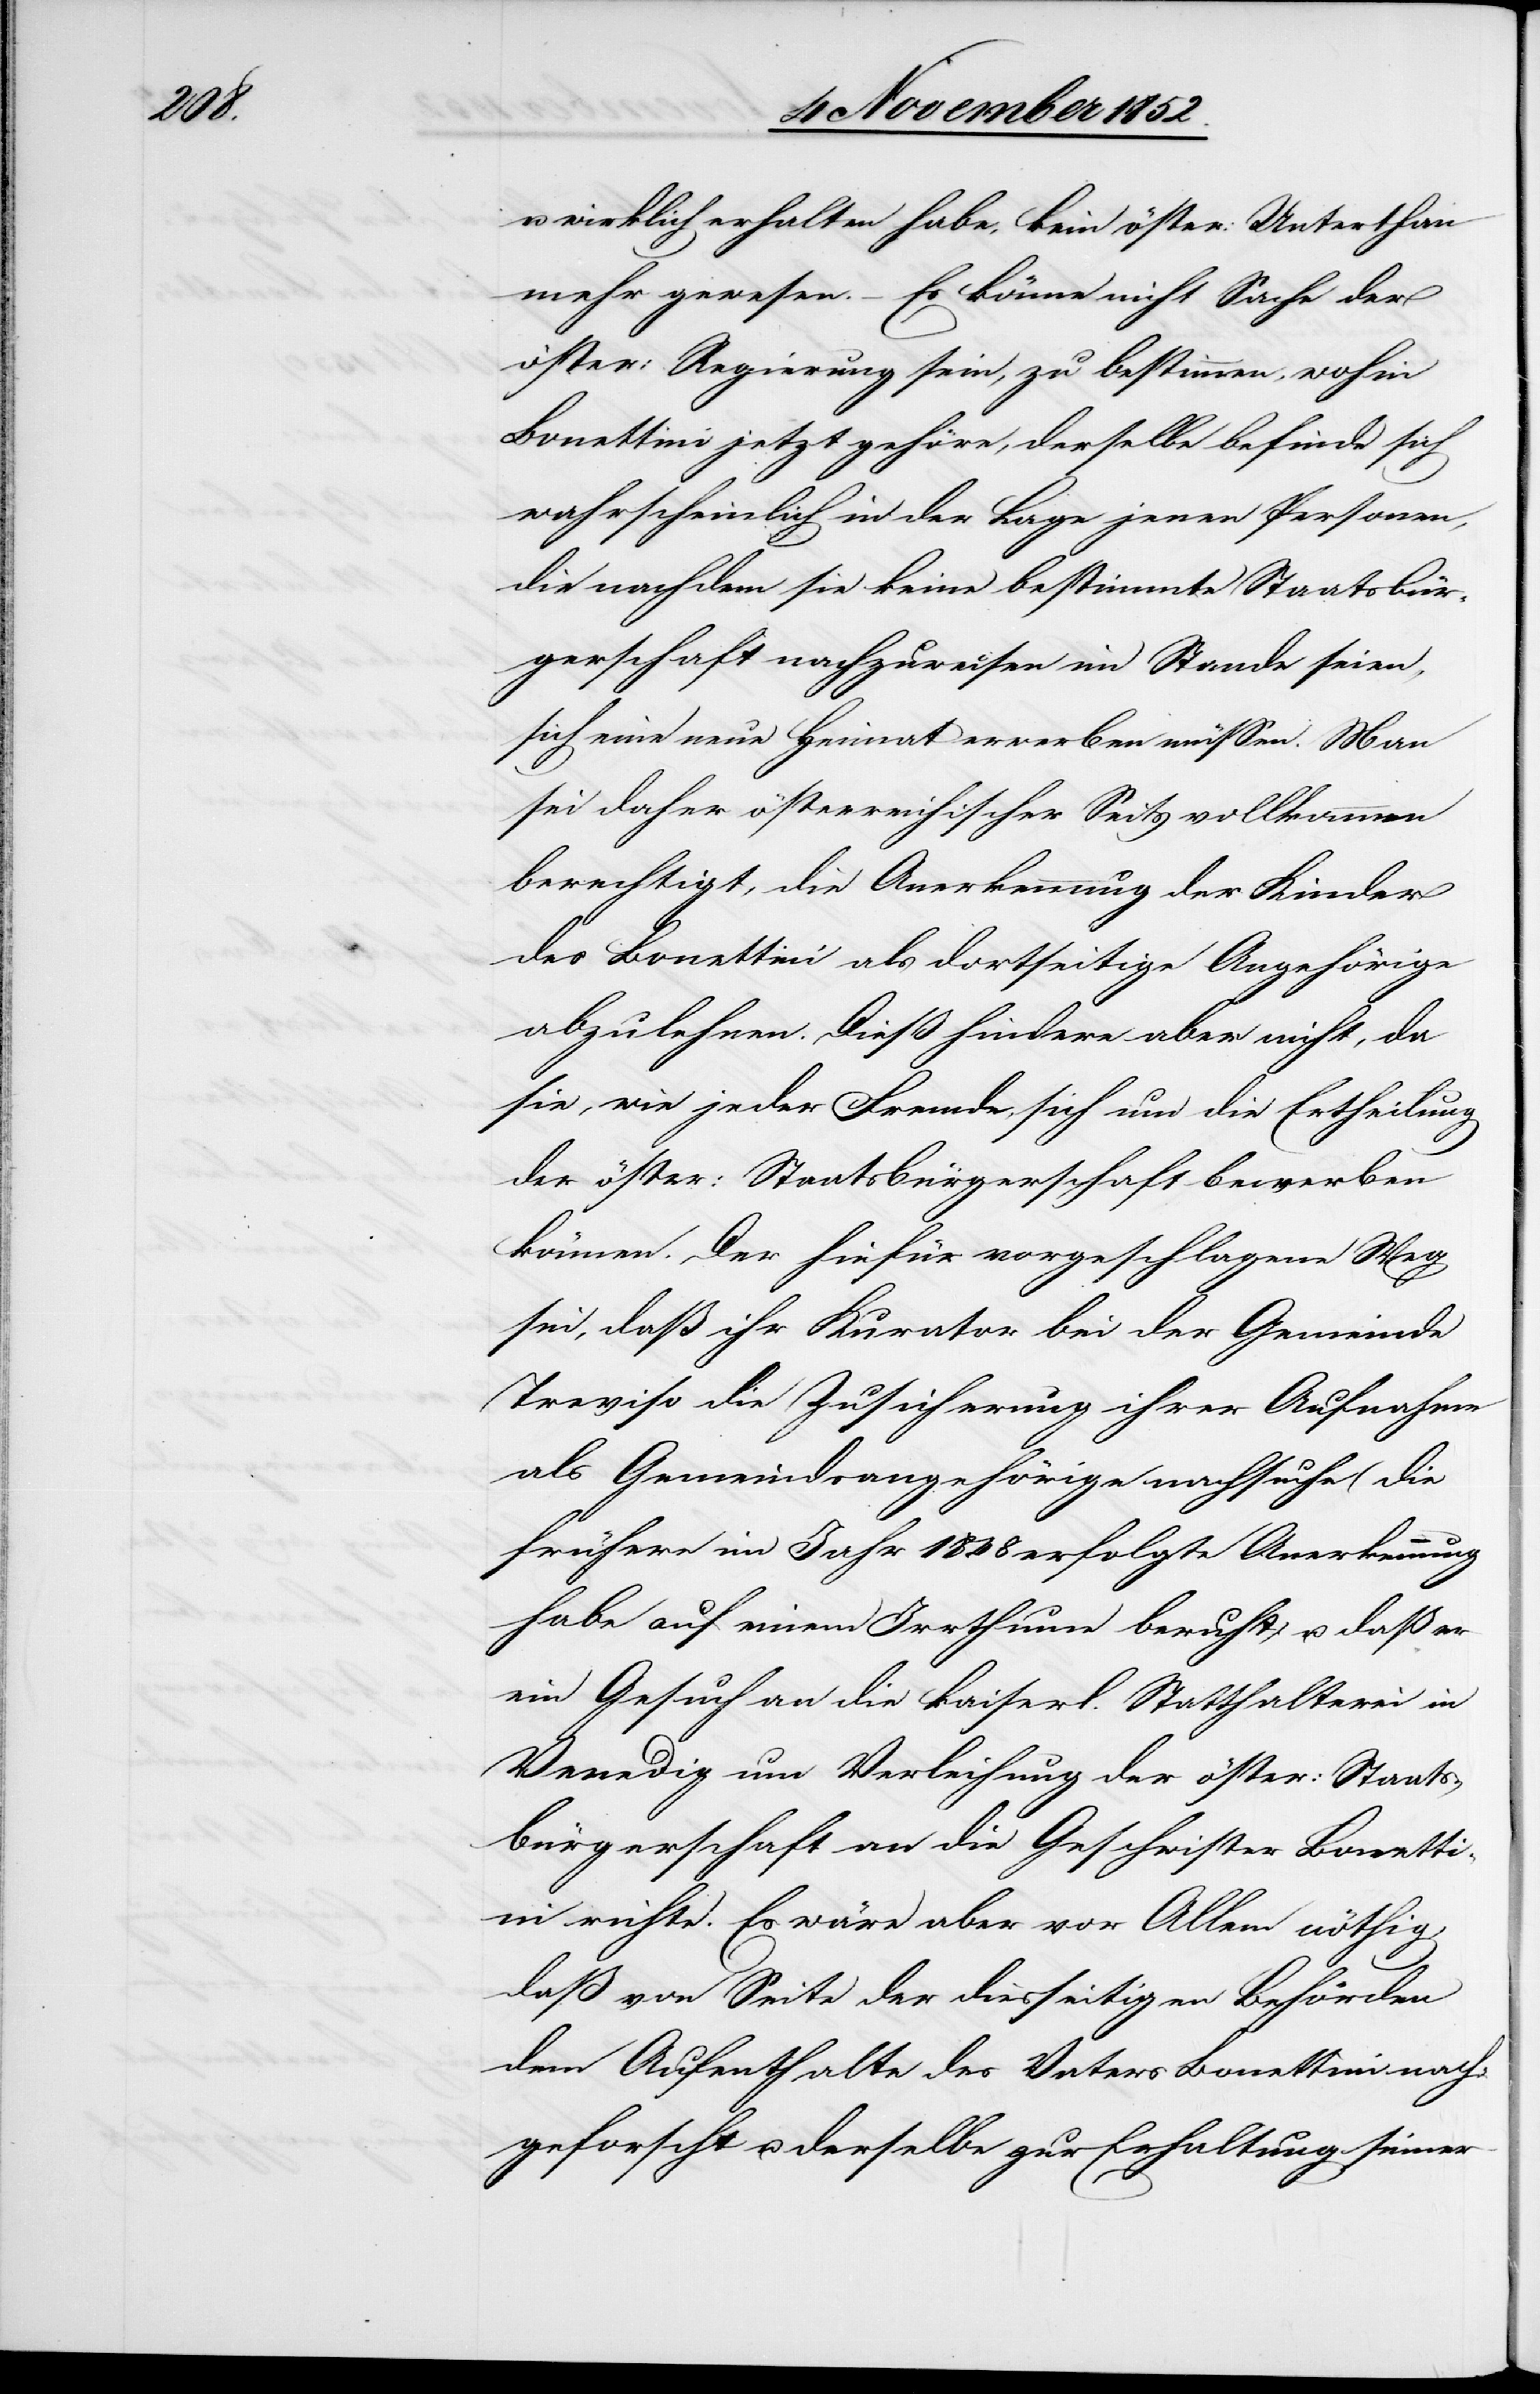
u. wirklich erhalten habe, kein öster: Unterthan
mehr gewesen. – Es könne nicht Sache der
öster: Regierung sein, zu bestimmen, wohin
Bonettini jetzt gehöre, derselbe befinde sich
wahrscheinlich in der Lage jenen Personen,
die nachdem sie keine bestimmte Staatsbür¬
gerschaft nachzuweisen im Stande seien,
sich eine neue Heimat erwerben müssen. Man
sei daher österreichischer Seits vollkommen
berechtigt, die Anerkennung der Kinder
des Bonettini als dortseitige Angehörige
abzulehnen. Dieß hindere aber nicht, da
sie, wie jeder Fremde, sich um die Ertheilung
der öster: Staatsbürgerschaft bewerben
können. Der hiefür vorgeschlagene Weg
sei, daß ihr Kurator bei der Gemeinde
Treviso die Zusicherung ihrer Aufnahme
als Gemeindsangehörige nachsuche (die
frühere im Jahr 1848 erfolgte Anerkennung
habe auf einem Irrthume beruht) u. daß er
ein Gesuch an die kaiserl. Statthalterei in
Venedig um Verleihung der öster: Staats¬
bürgerschaft an die Geschwister Bonett¬
ini richte. Es wäre aber vor Allem nöthig,
daß von Seite der diesseitigen Behörden
dem Aufenthalte des Vaters Bonettini nach¬
geforscht u. derselbe zur Erhaltung seiner